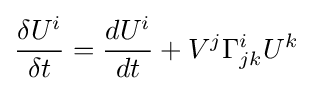
{\begin{aligned}{\frac {\delta U^{i}}{\delta t}}={\frac {dU^{i}}{dt}}+V^{j}\Gamma _{jk}^{i}U^{k}\\\end{aligned}}